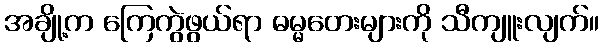
အချို့က ကြေကွဲဖွယ်ရာ ဓမ္မတေးများကို သီကျူးလျက်။